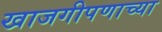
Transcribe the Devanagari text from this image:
खाजगीपणाच्या